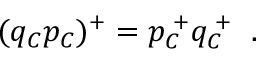
( q _ { \cal C } p _ { \cal C } ) ^ { + } = p _ { \cal C } ^ { \; + } q _ { \cal C } ^ { \; + } \; \; .